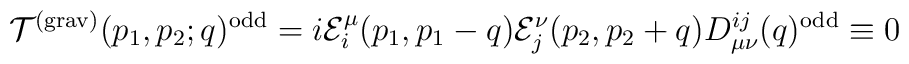
{\cal T}^{({\rm grav})}(p_1,p_2;q)^{\rm odd}=i{\cal E}_i^\mu(p_1,p_1-q){\cal E}_j^\nu(p_2,p_2+q)D_{\mu\nu}^{ij}(q)^{\rm odd}\equiv0